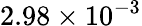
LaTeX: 2.98\times 10^{-3}